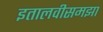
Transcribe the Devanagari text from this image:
इतालवीसमझा